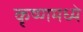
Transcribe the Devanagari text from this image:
कृष्णमध्ये